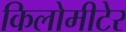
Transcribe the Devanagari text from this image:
किलोमीटेर